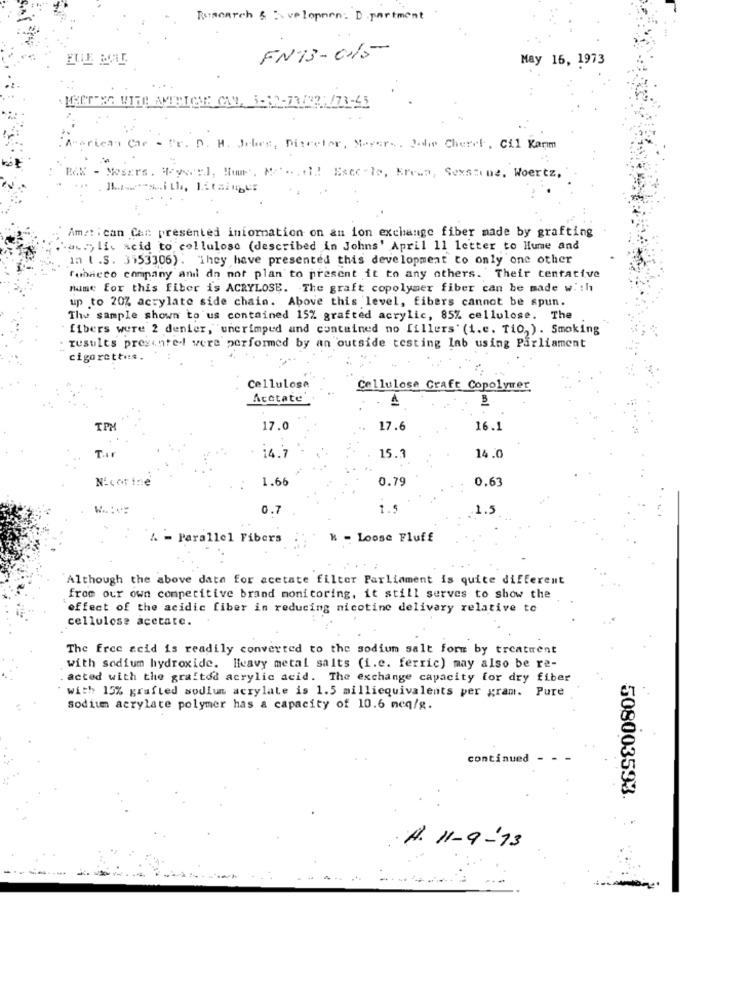
Research & : veloppen : D partment
FN13-015
May 16, 1973
MEETING WITH AMTETONE CAN, 5-12-73/32:/73-45
rican Car - Pr. D. H. Jeles, Diareter, Nevers. Podle Cherek. Cil Karim
RX - Mesers. Heyerel, Hur, Ma ...! Esce lo, Krewa, Sessione, Woertz,
...
Am :: : can Can presented information on an ion exchange fiber made by grafting
"acry lic acid to cellulose (described in Johns' April 11 letter to Hume and
in ( .S. 3153306). They have presented this development to only one other
Tobacco company and do not plan to present it to any others. Their tentative
nume for this fiber is ACRYLOSE. The graft copolymer fiber can be made with
up to 20% acrylate side chain. Above this level, fibers cannot be spun.
The sample shown to us contained 15% grafted acrylic, 85% cellulose. The
fibers were 2 denier,"unerimped and contained no fillers' (i.e. Tio,). Smoking
results presente- were performed by an outside testing lab using Parliament
cigarettes.
Cellulose
Cellulose Craft Copolymer
Acetate'
B
TPM
17.0
17.6
16.1
14.7
15.1
14.0
Nicotine
1.66
0.79
0.63
0.7
1.
.1.5
& - Parallel Fibers
K - Loose Fluff
Although the above data for acetate filter Parliament is quite different
from our own competitive brand monitoring, it still serves to show the
effect of the acidic fiber in reducing nicotine delivery relative to
cellulose acetate.
The free acid is readily converted to the sodium salt form by treatment
with sodium hydroxide. Heavy metal salts (i.e. ferric) may also be re-
. acted with the graftod acrylic acid. The exchange capacity for dry fiber
with 15% grafted sodium acrylate is 1.5 milliequivalents per gram. Pure
sodium acrylate polymer has a capacity of 10.6 meq/g.
continued -
508003593.
.A. 11-9-73